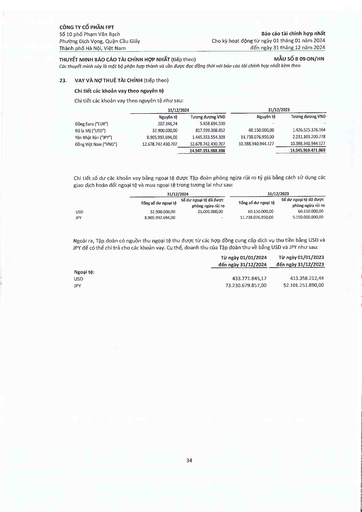
||31/12/2024|||31/12/2023| |---|---|---|---|---| ||Nguyên tệ|Tương đương VND|Nguyên tệ|Tương đương VND| |Đồng Euro ("EUR")|207.346,24|5.658.694.530||| |Đô la Mỹ ("USD")|32.900.000,00|817.599.308.852|60.150.000,00|1.426.525.326.164| |Yên Nhật Bản ("JPY")|8.905.992.694,00|1.445.353.554.309|11.738.076.950,00|2.231.103.200.778| |Đồng Việt Nam ("VND")|12.678.742.430.707|12.678.742.430.707|10.388.340.944.127|10.388.340.944.127| |||14.947.353.988.398||14.045.969.471.069| ||31/12/2024||31/12/2023|| |---|---|---|---|---| ||Tổng số dư ngoại tệ|Số dư ngoại tệ đã được phòng ngừa rủi ro|Tổng số dư ngoại tệ|Số dư ngoại tệ đã được phòng ngừa rủi ro| |USD|32.900.000,00|25.000.000,00|60.150.000,00|60.150.000,00| |JPY|8.905.992.694,00||11.738.076.950,00|5.150.000.000,00| ||Từ ngày 01/01/2024 đến ngày 31/12/2024|Từ ngày 01/01/2023 đến ngày 31/12/2023| |---|---|---| |Ngoại tệ:||| |USD|433.771.845,17|413.358.212,44| |JPY|73.230.679.857,00|52.101.251.890,00|